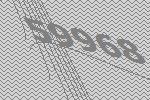
59968